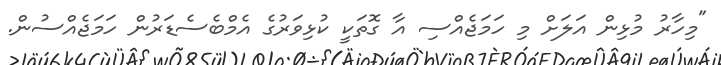
"މިހާރު މުޅިން އަލަށް މި ހަމަޖެއްސި އާ ގޮތަކީ ކުޅިވަރުގެ އެމްބެސެޑަރުން ހަމަޖެއްސުން.